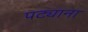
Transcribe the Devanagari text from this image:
पट्याना